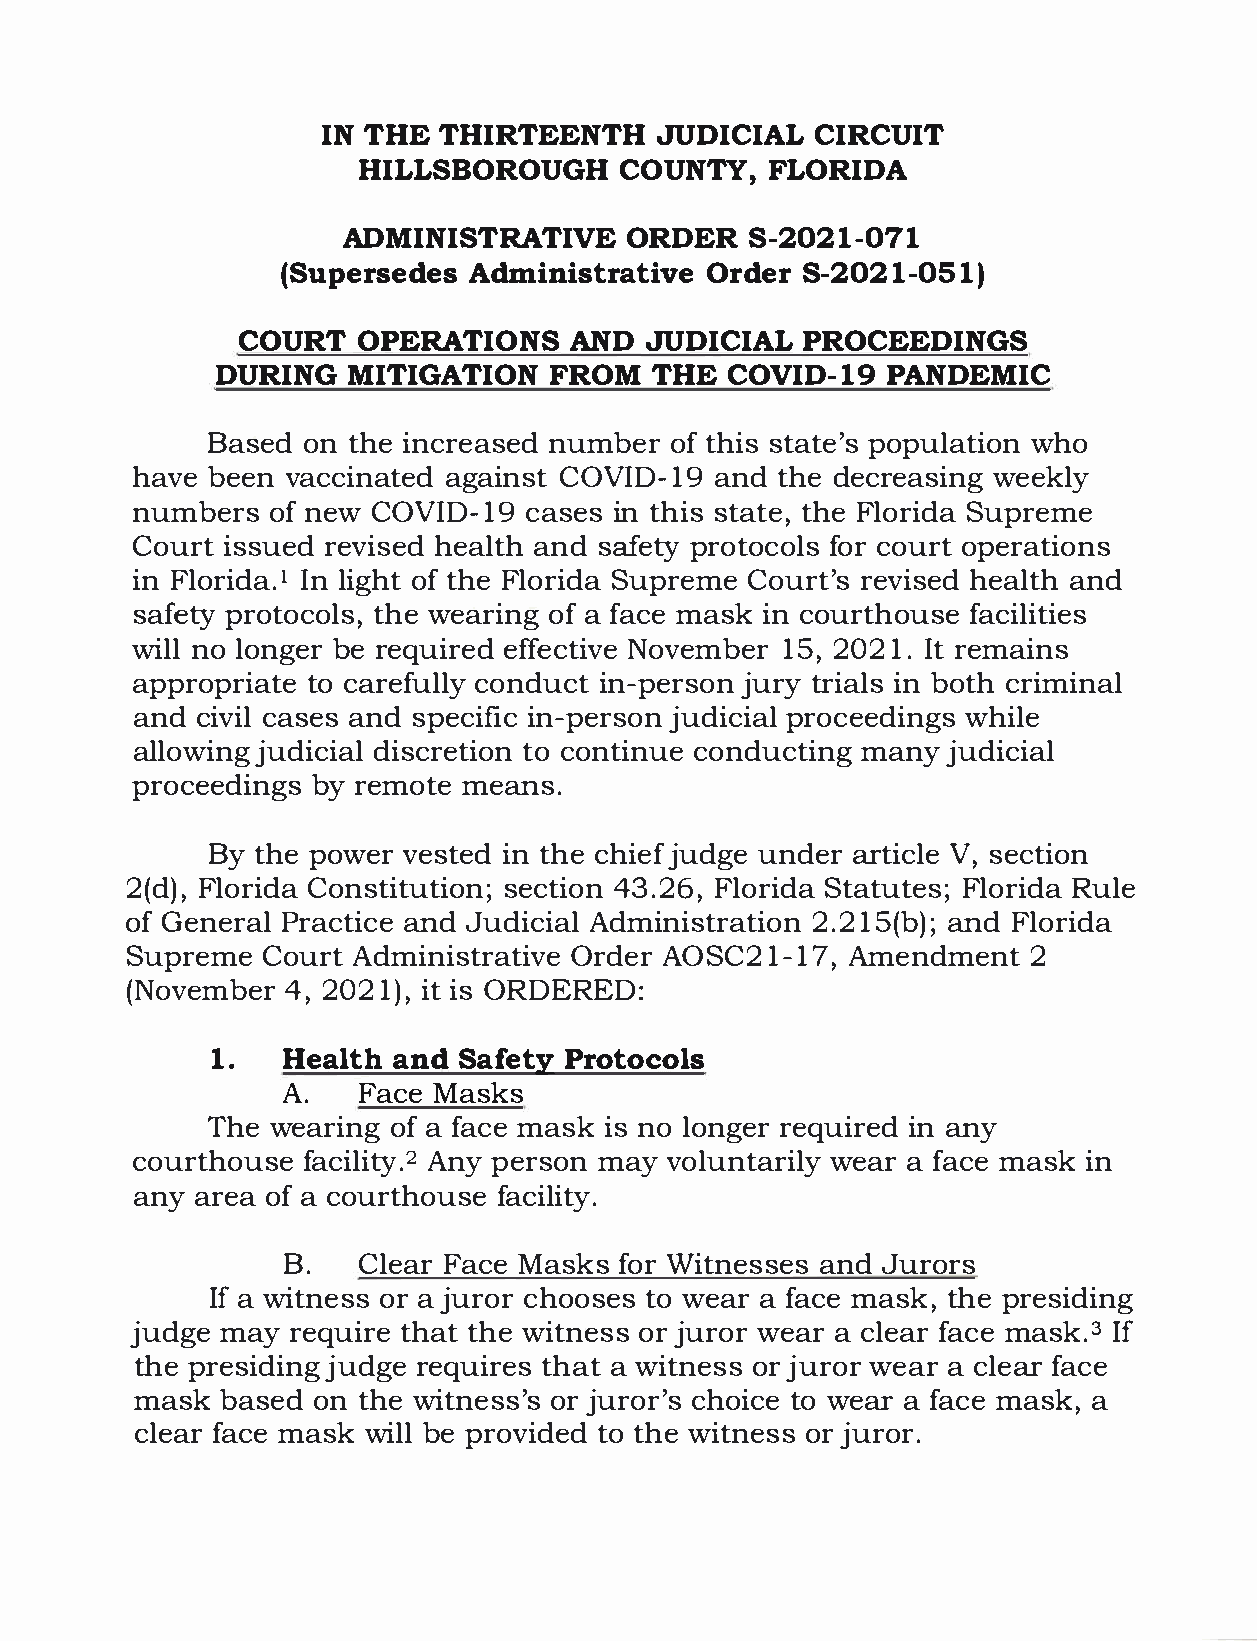
INT  HET  HIRTEENJTUHD      ICICAILR  CUIT
 HILLSBOROUCGOHU        NTYF,L  ORIDA
 ADMINISTRATIOVRED       ERS -2021-071
 (Supersedes           AdmOirndiesSrt- r2a0t2i1v-e0 51)
 COURTO   PERATIONASN     DJ  UDICIPARLO    CEEDINGS
 DURINMGI     TIGATIFORNO    MT HEC  OVID-P1A9N    DEMIC
 Based on the increased number of this state's population who
 have been vaccinated against COVID-19 and the decreasing weekly
 numbers  of new COVID-19  cases in this state, the Florida Supreme
 Court issued revised health and safety protocols for court operations
 in Florida.1I n light of the Florida Supreme Court's revised health and
 safety protocols, the wearing of a face mask in courthouse facilities
 will no longer be required effective November 15, 2021. It remains
 appropriate to carefully conduct in-person jury trials in both criminal
 and civil cases and specific in-person judicial proceedings while
 allowing judicial discretion to continue conducting many judicial
 proceedings by remote means.
 By the power vested in the chief judge under article V, section
 2(d), Florida Constitution; section 43.26, Florida Statutes; Florida Rule
 of General Practice and Judicial Administration 2.215(b); and Florida
 Supreme  Court Administrative Order AOSC21-1  7, Amendment  2
 (November  4, 2021), it is ORDERED:
 1.   Healatnhd  S afePtryo   tocols
 A.   Face Masks
 The wearing of a face mask is no longer required in any
 courthouse facility.2 Any person may voluntarily wear a face mask in
 any area of a courthouse facility.
 B.   Clear Face Masks for Witnesses and Jurors
 Ifa w itness or a juror chooses to wear a face mask, the presiding
 judge may require that the witness or juror wear a clear face mask. 3 If
 the presiding judge requires that a witness or juror wear a clear face
 mask  based on the witness's or juror's choice to wear a face mask, a
 clear face mask will be provided to the witness or juror.